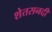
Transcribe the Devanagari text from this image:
शेतसनदी